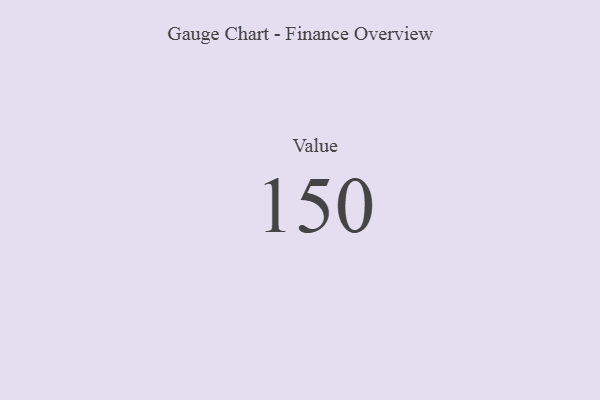
{"axis": {"x": "Metric", "y": "Value"}, "legend": [""], "data": [{"x": "Value", "y": 150, "type": ""}]}